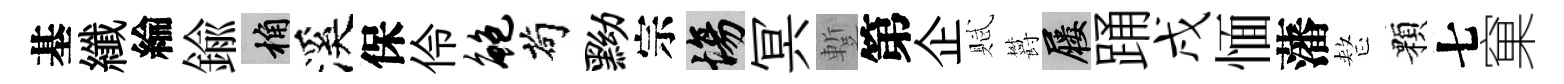
基纖綸鍮桷溪保伶鲍茍黝宗場冥蹔第企賦欝屨踊戌愐藩整顆七窠